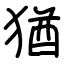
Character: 猶